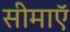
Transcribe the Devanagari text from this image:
सीमाएॅ